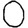
Digit: 0